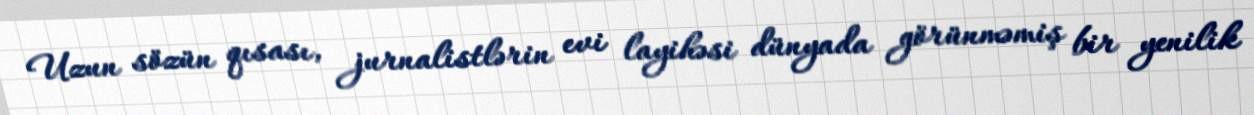
Uzun sözün qısası, jurnalistlərin evi layihəsi dünyada görünməmiş bir yenilik